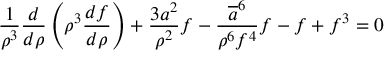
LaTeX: \frac { 1 } { \rho ^ { 3 } } \frac { d } { d \rho } \left( \rho ^ { 3 } \frac { d f } { d \rho } \right) + \frac { 3 a ^ { 2 } } { \rho ^ { 2 } } f - \frac { \overline { { { a } } } ^ { 6 } } { \rho ^ { 6 } f ^ { 4 } } f - f + f ^ { 3 } = 0